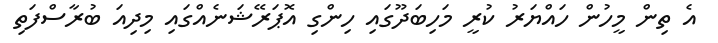
އެ ތިން މީހުން ހައްޔަރު ކުރީ މަހިބަދޫގައި ހިންގި އޮޕަރޭޝަނެއްގައި މިދިއަ ބުރާސްފަތި